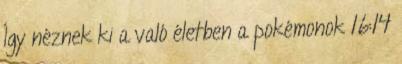
Így néznek ki a való életben a pokémonok 16:14